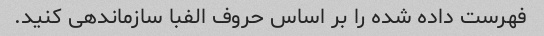
فهرست داده شده را بر اساس حروف الفبا سازماندهی کنید.